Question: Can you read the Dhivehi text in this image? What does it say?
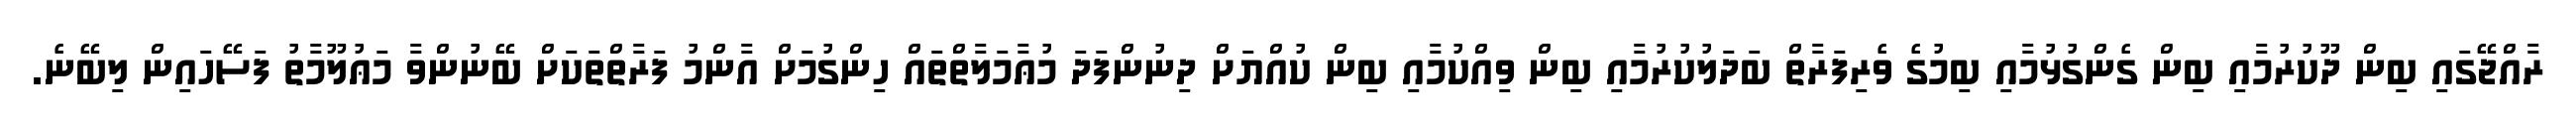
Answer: ރާއްޖޭގައި ބިން ދޫކުރުމާއި ބިން ގެންގުޅުމާއި ބިމުގެ ވެރިފަރާތް ބަދަލުކުރުމާއި ބިން ވިއްކުމާއި ބިން ކުއްޔަށް ދިނުންފަދަ މުޢާމަލާތްތައް ހިންގުމަށް އާންމު ފަރާތްތަކަށް ބޭނުންވާ މަޢުލޫމާތު ފަސޭހައިން ލިބޭނެ.